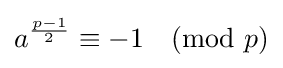
a^{\frac {p-1}{2}}\equiv -1{\pmod {p}}